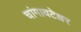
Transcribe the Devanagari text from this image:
चांगावटेश्वर